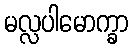
မလ္လပါမောက္ခာ